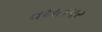
વખતપર